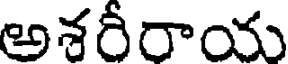
అశరీరాయ